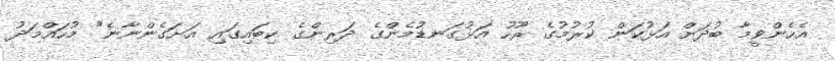
އެހެންވީމާ ބުދަށް އަޅުކަން ކުރުމުގެ ރޫހު އަޅުގަނޑުމެންގެ ދަރިންގެ ކިބައިގައި އަށަގެންނާނެ" މުހައްމަދު